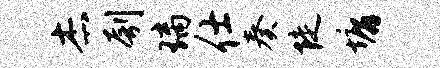
杰刳璃仕奏陡墉